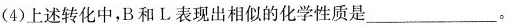
(4)上述转化中，B和L表现出相似的化学性质是___。